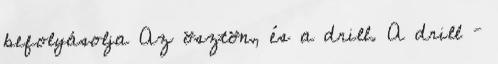
befolyásolja Az ösztön, és a drill. A drill –